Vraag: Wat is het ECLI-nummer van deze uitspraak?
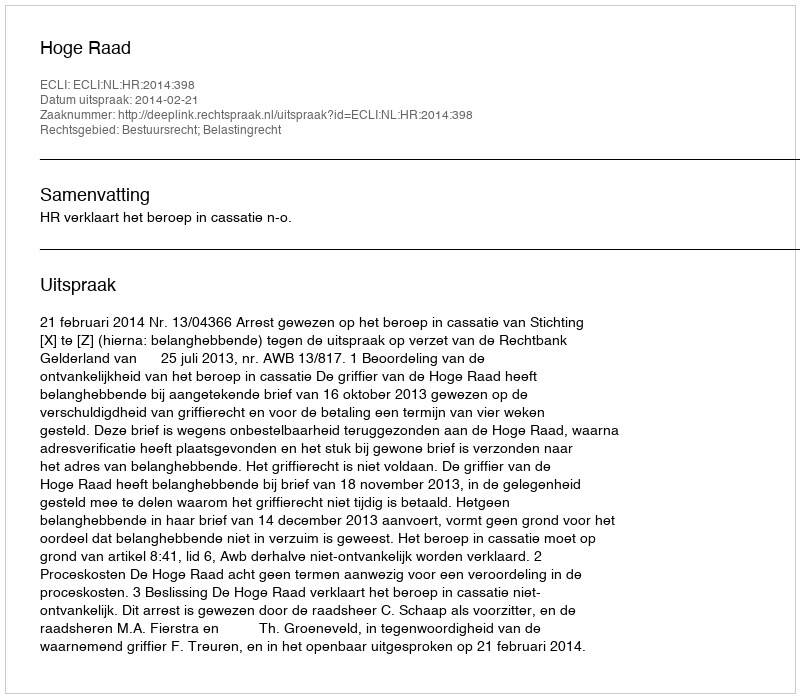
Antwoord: ECLI:NL:HR:2014:398